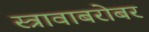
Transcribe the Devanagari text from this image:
स्त्रावाबरोबर